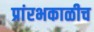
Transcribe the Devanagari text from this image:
प्रांरभकाळीच